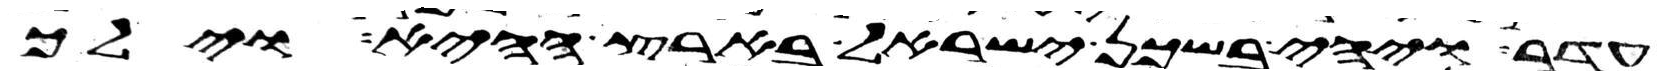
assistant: עדר ויהי בשכן ישראל בארץ ההיא וילך